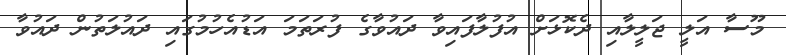
މޫސާ އަލީ ޖަލީލާއި ދެކޮޅަށް އުފުލާފައިވާ ދައުވާގެ ފުރަތަމަ އަޑުއެހުމުގައި ދައުލަތުން ދައުވާ